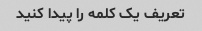
تعریف یک کلمه را پیدا کنید